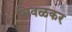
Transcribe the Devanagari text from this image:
भिवळकर